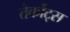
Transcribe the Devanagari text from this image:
तेर्कोट्स